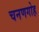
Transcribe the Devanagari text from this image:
चनणगोह